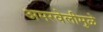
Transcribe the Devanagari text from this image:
अमरवेलीमुळे